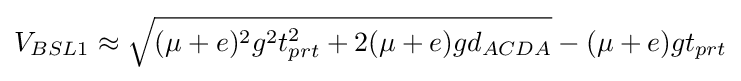
V_{BSL1}\approx {\sqrt {(\mu +e)^{2}g^{2}t_{prt}^{2}+2(\mu +e)gd_{ACDA}}}-(\mu +e)gt_{prt}